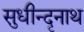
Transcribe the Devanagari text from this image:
सुधीन्दृनाथ